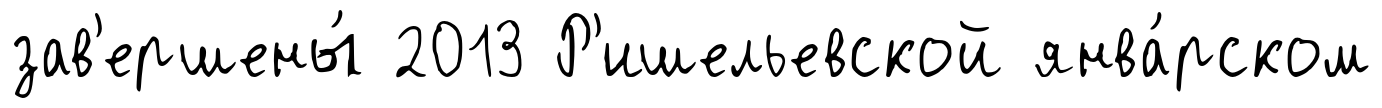
зав'ершены́ 2013 Р'ишельевской янва́рском